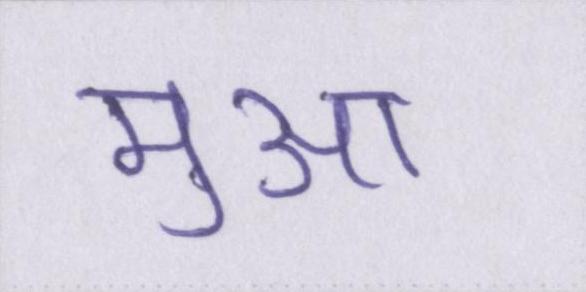
मुआ